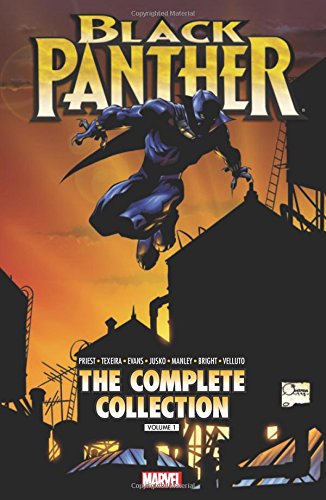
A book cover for Black Panther by Christopher Priest: The Complete Collection Volume 1; Christopher Priest; Comics & Graphic Novels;